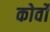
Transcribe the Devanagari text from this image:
कोर्वो